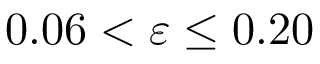
0 . 0 6 < \varepsilon \le 0 . 2 0